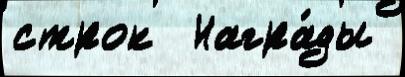
строк  Награ́ды